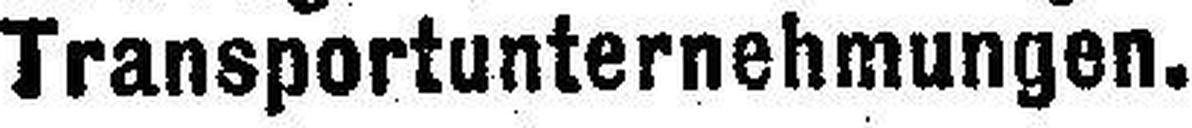
Transportunternehmungen.